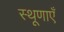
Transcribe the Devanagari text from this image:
स्थूणाएँ